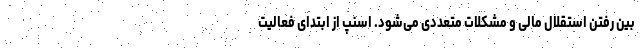
بین رفتن استقلال مالی و مشکلات متعددی می‌شود. اسنپ از ابتدای فعالیت